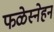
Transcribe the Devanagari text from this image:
फळेस्नेहन